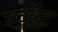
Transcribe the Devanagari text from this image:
एवरॅट